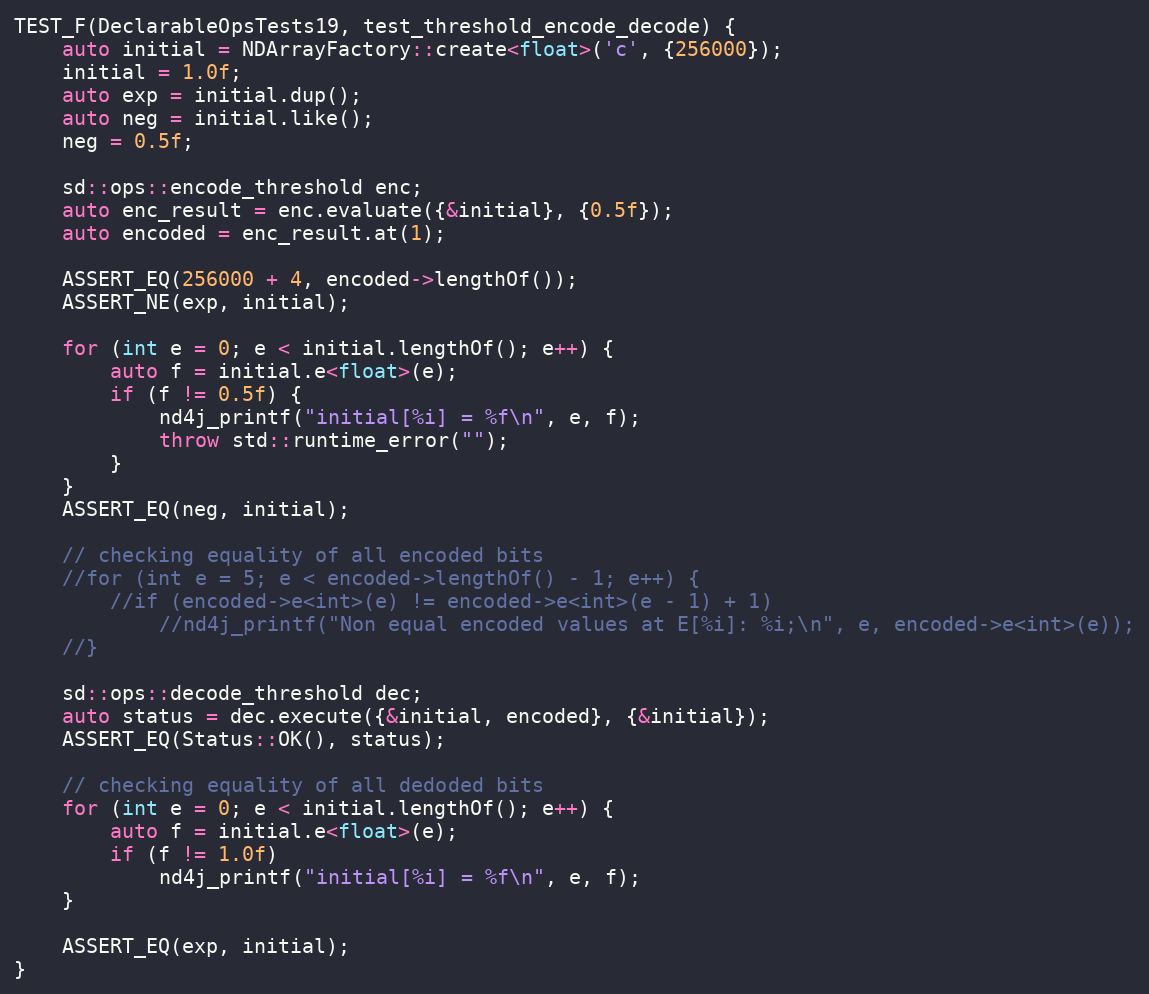
Language: C++
TEST_F(DeclarableOpsTests19, test_threshold_encode_decode) {
    auto initial = NDArrayFactory::create<float>('c', {256000});
    initial = 1.0f;
    auto exp = initial.dup();
    auto neg = initial.like();
    neg = 0.5f;

    sd::ops::encode_threshold enc;
    auto enc_result = enc.evaluate({&initial}, {0.5f});
    auto encoded = enc_result.at(1);

    ASSERT_EQ(256000 + 4, encoded->lengthOf());
    ASSERT_NE(exp, initial);

    for (int e = 0; e < initial.lengthOf(); e++) {
        auto f = initial.e<float>(e);
        if (f != 0.5f) {
            nd4j_printf("initial[%i] = %f\n", e, f);
            throw std::runtime_error("");
        }
    }
    ASSERT_EQ(neg, initial);

    // checking equality of all encoded bits
    //for (int e = 5; e < encoded->lengthOf() - 1; e++) {
        //if (encoded->e<int>(e) != encoded->e<int>(e - 1) + 1)
            //nd4j_printf("Non equal encoded values at E[%i]: %i;\n", e, encoded->e<int>(e));
    //}

    sd::ops::decode_threshold dec;
    auto status = dec.execute({&initial, encoded}, {&initial});
    ASSERT_EQ(Status::OK(), status);

    // checking equality of all dedoded bits
    for (int e = 0; e < initial.lengthOf(); e++) {
        auto f = initial.e<float>(e);
        if (f != 1.0f)
            nd4j_printf("initial[%i] = %f\n", e, f);
    }

    ASSERT_EQ(exp, initial);
}